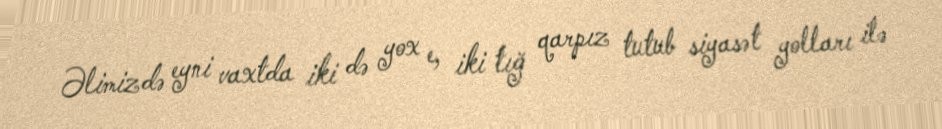
Əlimizdə eyni vaxtda iki də yox e, iki tığ qarpız tutub siyasət yolları ilə